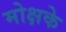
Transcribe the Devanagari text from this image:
मोक्षके